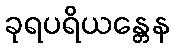
ခုရပရိယန္တေန